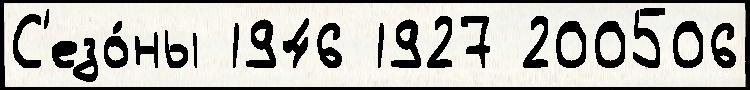
С'езо́ны 1946 1927 200506